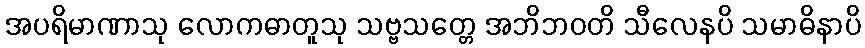
အပရိမာဏာသု လောကဓာတူသု သဗ္ဗသတ္တေ အဘိဘဝတိ သီလေနပိ သမာဓိနာပိ